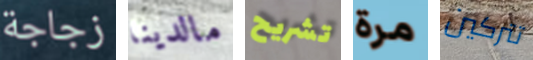
زجاجة مالدينا تشريح مرة تتركين